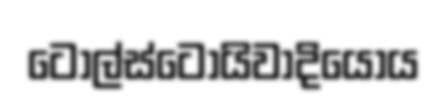
ටොල්ස්ටෝයිවාදියෝය